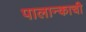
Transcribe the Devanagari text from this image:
पालान्काची